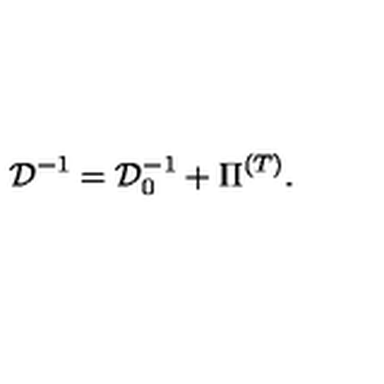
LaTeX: { \cal D } ^ { - 1 } = { \cal D } _ { 0 } ^ { - 1 } + \Pi ^ { \left( T \right) } .